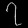
Digit: ၇